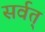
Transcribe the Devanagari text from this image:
सर्वत्